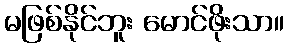
မဖြစ်နိုင်ဘူး မောင်ဖိုးသာ။